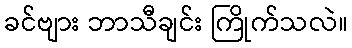
ခင်ဗျား ဘာသီချင်း ကြိုက်သလဲ။